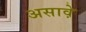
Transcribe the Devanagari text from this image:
असाव़े